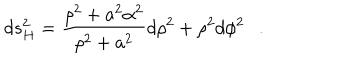
d s _ { H } ^ { 2 } = { \frac { \rho ^ { 2 } + a ^ { 2 } \alpha ^ { 2 } } { \rho ^ { 2 } + a ^ { 2 } } } d \rho ^ { 2 } + \rho ^ { 2 } d \phi ^ { 2 } .